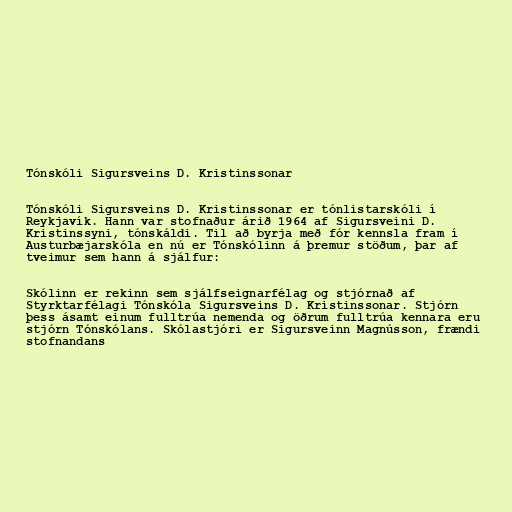
Tónskóli Sigursveins D. Kristinssonar

Tónskóli Sigursveins D. Kristinssonar er tónlistarskóli í
Reykjavík. Hann var stofnaður árið 1964 af Sigursveini D.
Kristinssyni, tónskáldi. Til að byrja með fór kennsla fram í
Austurbæjarskóla en nú er Tónskólinn á þremur stöðum, þar af
tveimur sem hann á sjálfur:

Skólinn er rekinn sem sjálfseignarfélag og stjórnað af
Styrktarfélagi Tónskóla Sigursveins D. Kristinssonar. Stjórn
þess ásamt einum fulltrúa nemenda og öðrum fulltrúa kennara eru
stjórn Tónskólans. Skólastjóri er Sigursveinn Magnússon, frændi
stofnandans